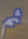
ثم